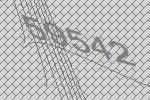
59542